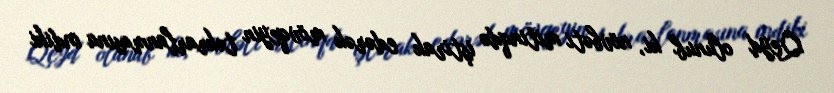
Qeyd olunub ki, növbəti mitinqdə iştirak edərək mövqeyin təkrarlanmasına indiki